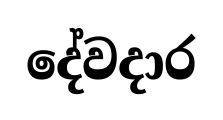
දේවදාර